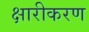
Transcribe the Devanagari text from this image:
क्षारीकरण